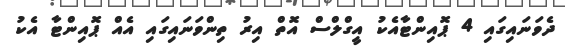
ދެވަނައިގައި 4 ޕޮއިންޓާއެކު އީގްލްސް އޮތް އިރު ތިންވަނައިގައި އެއް ޕޮއިންޓާ އެކު